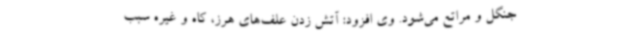
جنگل و مراتع می‌شود. وی افزود: آتش زدن علف‌های هرز، کاه و غیره سبب